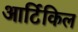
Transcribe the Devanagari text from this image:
आर्टिकिल